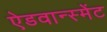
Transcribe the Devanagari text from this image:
ऐडवान्स्मेंट